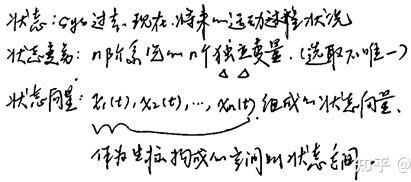
状态：如过去、现在、将来…运动进程、状况。
状态变量：即系统的\(n\)个独立变量（选取不唯一）。
状态向量：由\(x_{1}(t),x_{2}(t),\cdots,x_{n}(t)\)组成的状态向量，作为坐标构成\(n\)维空间，叫状态空间。